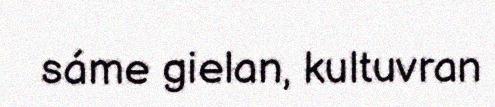
sáme gielan, kultuvran